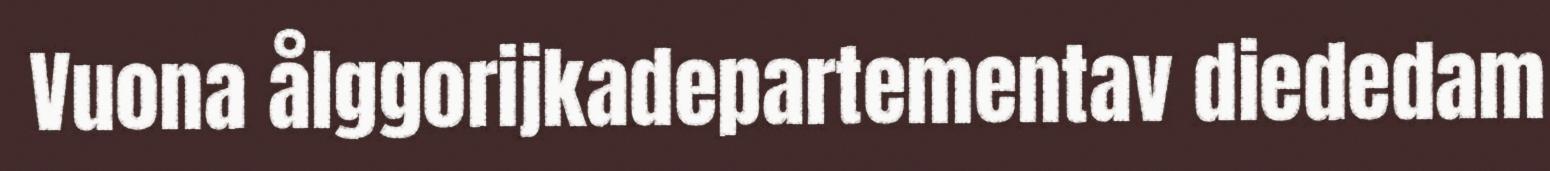
Vuona ålggorijkadepartementav diededam